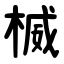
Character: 楲